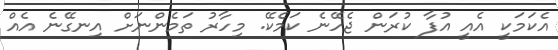
އެކަމަކީ އެއީ އުފާ ކުރަން ޖެހޭނެ ކަމެކޭ. މިހާރު ތަމެންނަށް އިނގޭނެ އެއް